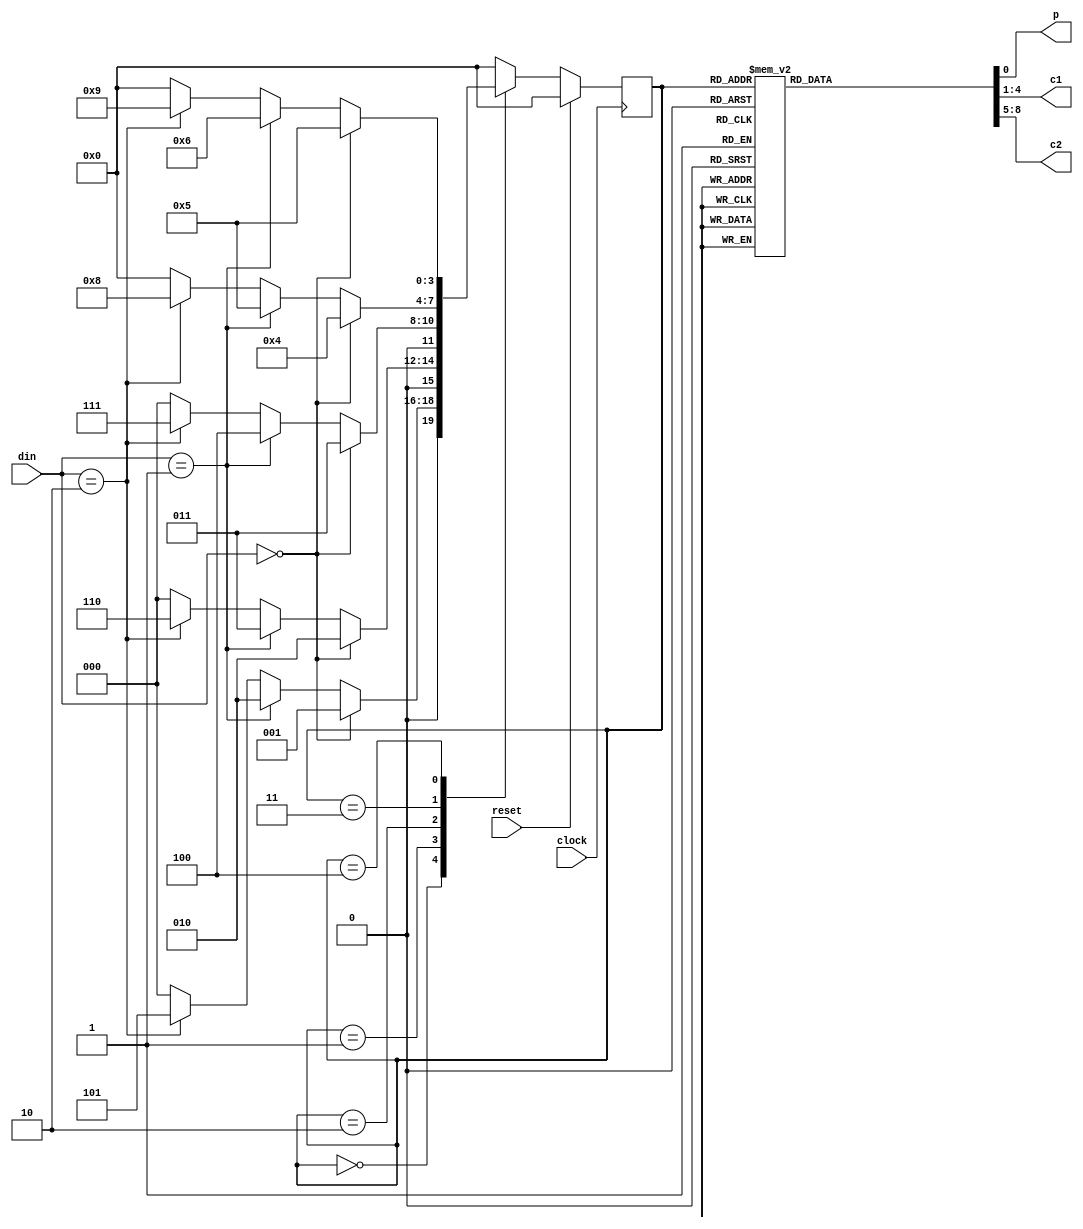
/*You are hired by Pepsi to design their next generation Pepsi (Generation Next) machine, the reason being that Pepsi is going to drop the price of their product to a 
quarter(1/4th of a dollar = 25 cents). The new machine will accept the industry standard nickel=5 cents, dime=10 cents and quarter=25 cents .  Design a totally synchronous FSM 
and write the RTL code for the same.  Assume the only inputs to the system are the type of change put in (nickel, dime, or quarter). Your outputs will be two change a
mount(Change 1 & Change 2), and a Pepsi release signal that goes high when enough change has been put in. 

Example: If the total = 40 cents then Output : Pepsi = 1, Change 1 = 10 & Change 2 = 5 (Order of change can be interchangeable) */

module vending_fsm(input [1:0]din,input clock,reset,output reg p,
                 output reg[3:0]c1,c2);

   parameter IDLE=4'b0000,
		 	 S5=4'b0001,
	         S10=4'b0010,
	 	     S15=4'b0011,
	 	     S20=4'b0100,
	 		 S25=4'b0101,
	 	     S30=4'b0110,
	 		 S35=4'b0111,
	     	 S40=4'b1000,
	 		 S45=4'b1001;

 reg [3:0] next_state, state;

always@(posedge clock)begin
	   if(reset)
	   state<=IDLE;
	  else 
	  state<=next_state;
	end

  always@(*)begin
    
    case (state)
  IDLE: 
		if(din==2'b00)
		next_state=S5;
      	else if(din==2'b01) 
        next_state=S10;
		else if(din==2'b10) 
	    next_state=S25;
		else
	    next_state=IDLE;
			
  S5: 
        if (din==2'b00)
  		 next_state=S10;
		else if(din==2'b01) 
        next_state=S15;
		else if(din==2'b10) 
		next_state=S30;

    	else
    	next_state=IDLE;
			
 S10: 
        if (din==2'b00)
        next_state=S15;
		else if(din==2'b01) 
        next_state=S20;
		else if(din==2'b10) 
		next_state=S35;

        else 
        next_state=IDLE;
			
 S15: 
        if (din==2'b00)
        next_state=S20;
		else if(din==2'b01) 
        next_state=S25;
		else if(din==2'b10) 
	   next_state=S40;

        else 
       next_state=IDLE;
			
S20: 
        if (din==2'b00)
        next_state=S25;
		else if(din==2'b01) 
        next_state=S30;
		else if(din==2'b10) 
		next_state=S45;

        else 
      	next_state=IDLE;
			
		
S25     : next_state=IDLE;
S30     : next_state=IDLE;
S35     : next_state=IDLE;
S40     : next_state=IDLE;
S45     : next_state=IDLE;

default : next_state=IDLE;
    endcase
  end
  

always@(*)
  begin
	p=1'b0; c1=4'd0; c2=4'd0;

    case (state)
		
        IDLE :begin
			p=1'b0; c1=4'd0; c2=4'd0;
			end
		S5 : begin
			p=1'b0; c1=4'd0; c2=4'd0;
			end 
		S10 : begin
			p=1'b0; c1=4'd0; c2=4'd0;
			end 
		S15 : begin
			p=1'b0; c1=4'd0; c2=4'd0;
			end 
		S20 : begin
			p=2'b0; c1=4'd0; c2=4'd0;
			end 
		S25 : begin
			p=1'b1; c1=4'd0; c2=4'd0;
			end 
		S30 : begin
			p=1'b1; c1=4'd5; c2=4'd0;
			end 
		S35 : begin
			p=1'b1; c1=4'd10; c2=4'd0;
			end 
		S40 : begin
			p=1'b1; c1=4'd10; c2=4'd5;
			end 
		S45 : begin
			p=1'b1; c1=4'd10; c2=4'd10;
			end 
		default : begin
			p=1'b0; c1=4'd0; c2=4'd0;
			end 
		endcase
	end
endmodule